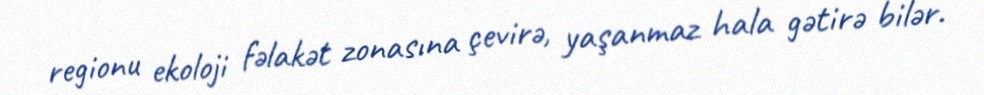
regionu ekoloji fəlakət zonasına çevirə, yaşanmaz hala gətirə bilər.